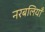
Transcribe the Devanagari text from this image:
नरबलियाँ